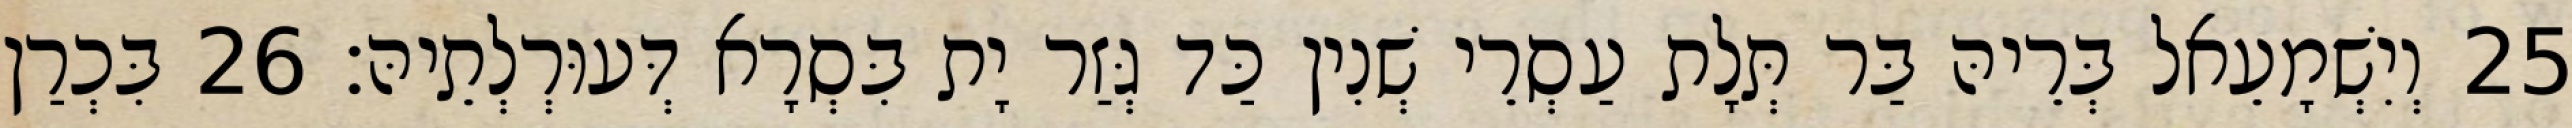
25 וְיִשְׁמָעֵאל בְּרֵיהּ בַּר תְּלָת עַסְרֵי שְׁנִין כַּד גְּזַר יָת בִּסְרָא דְּעוּרְלְתֵיהּ׃ 26 בִּכְרַן